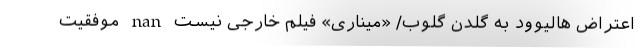
اعتراض هالیوود به گلدن گلوب/ «میناری» فیلم خارجی نیست nan موفقیت